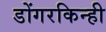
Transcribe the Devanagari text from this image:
डोंगरकिन्ही